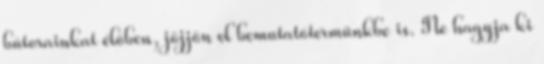
bútorainkat élőben, jöjjön el bemutatótermünkbe is. Ne hagyja ki